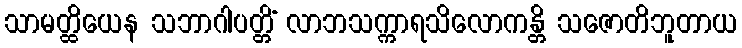
သာမတ္ထိယေန သဘာဂါပတ္တိံ လာဘသက္ကာရသိလောကန္တိ သဇောတိဘူတာယ